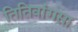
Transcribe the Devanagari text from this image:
तितिवांगसा